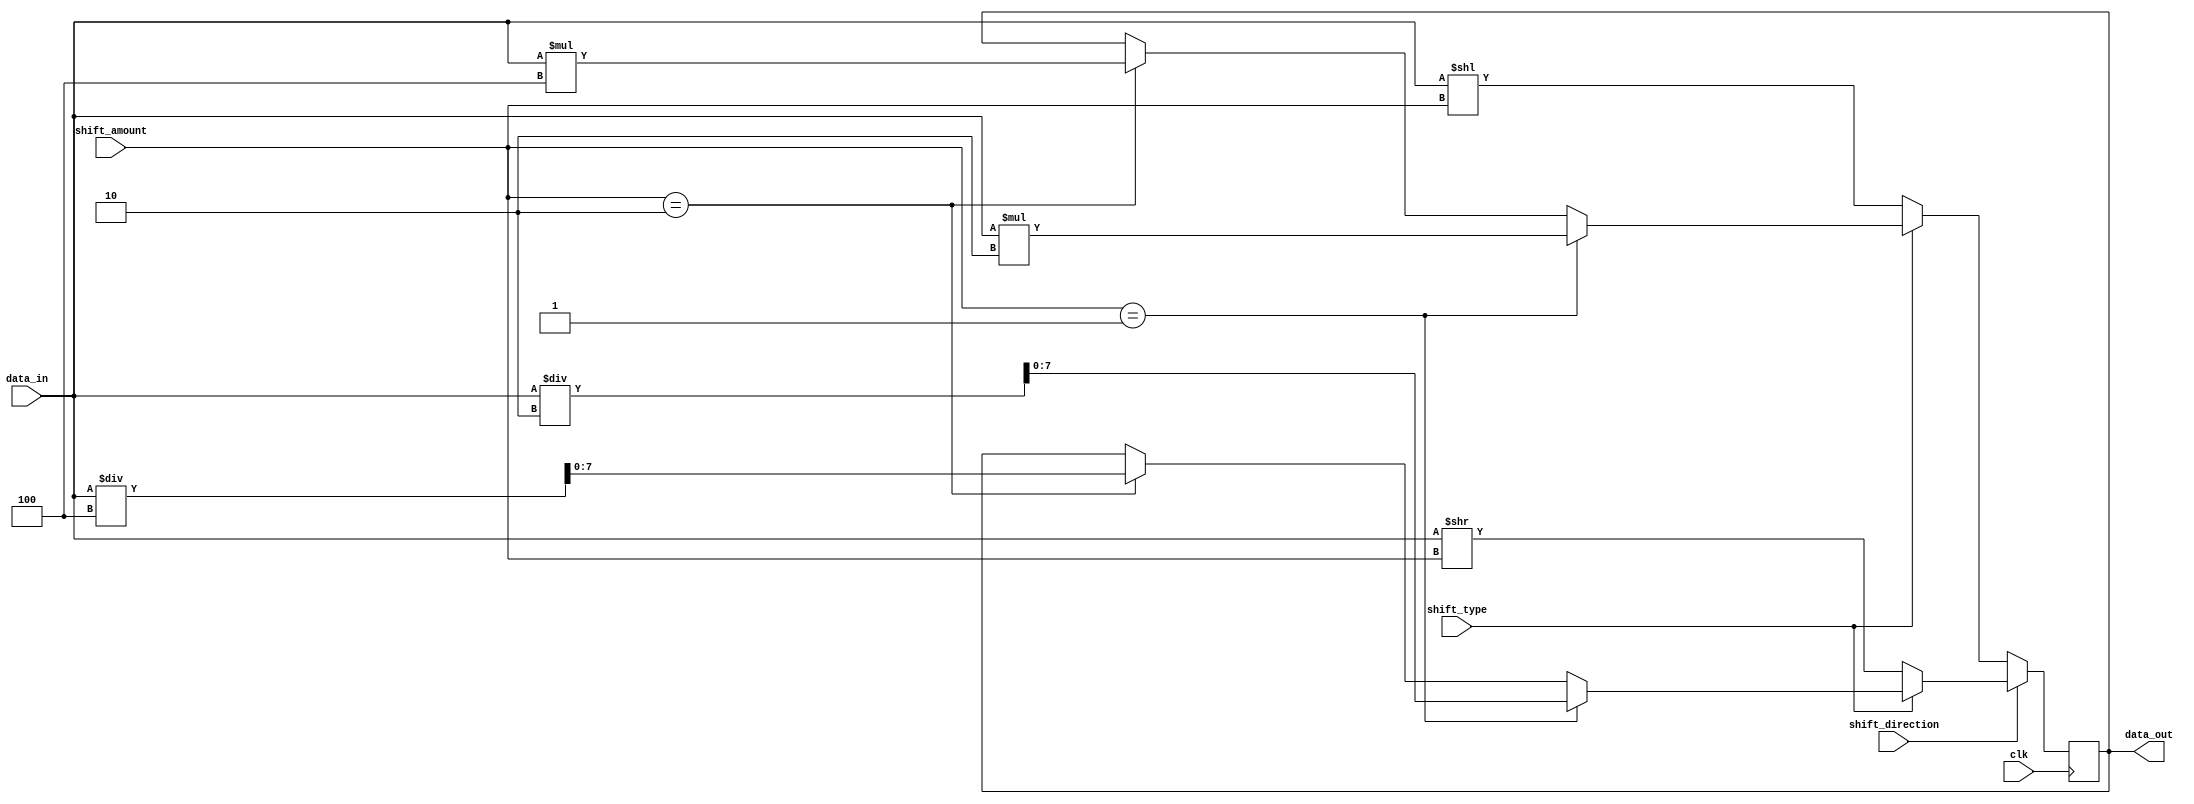
module Hybrid_Barrel_Shifter (
    input wire clk,
    input wire [7:0] data_in,
    input wire [2:0] shift_amount,
    input wire shift_direction, // 0 for left shift, 1 for right shift
    input wire shift_type, // 0 for logical shift, 1 for arithmetic shift
    output reg [7:0] data_out
);

reg [7:0] temp_data;

always @ (posedge clk) begin
    if (shift_direction == 0) begin // left shift
        if (shift_type == 0) begin // logical shift
            temp_data <= data_in << shift_amount;
        end
        else begin // arithmetic shift
            if (shift_amount == 1) begin
                temp_data <= data_in * 2;
            end
            else if (shift_amount == 2) begin
                temp_data <= data_in * 4;
            end
            // add more cases for larger shift amounts if needed
        end
    end
    else begin // right shift
        if (shift_type == 0) begin // logical shift
            temp_data <= data_in >> shift_amount;
        end
        else begin // arithmetic shift
            if (shift_amount == 1) begin
                temp_data <= data_in / 2;
            end
            else if (shift_amount == 2) begin
                temp_data <= data_in / 4;
            end
            // add more cases for larger shift amounts if needed
        end
    end
end

assign data_out = temp_data;

endmodule